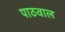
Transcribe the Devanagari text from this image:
पाठवाल